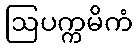
ဩပက္ကမိကံ